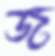
জ